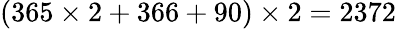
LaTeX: (365\times 2+366+90)\times 2=2372